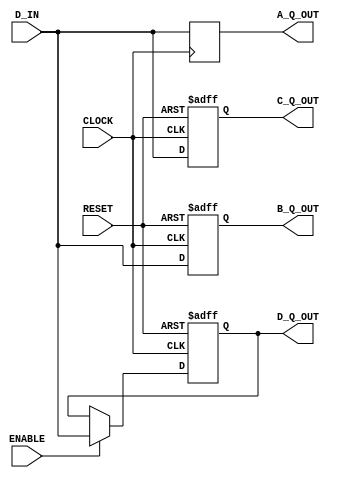
/* Example of Implementing Registers 

* FF_EXAMPLE.V 

* May 2001 

*/ 


module ff_example (RESET, CLOCK, ENABLE, D_IN, 

              A_Q_OUT, B_Q_OUT, C_Q_OUT, D_Q_OUT); 


input RESET, CLOCK, ENABLE; 

input [7:0] D_IN; 

output [7:0] A_Q_OUT; 

output [7:0] B_Q_OUT; 

output [7:0] C_Q_OUT; 

output [7:0] D_Q_OUT; 


reg [7:0] A_Q_OUT; 

reg [7:0] B_Q_OUT; 

reg [7:0] C_Q_OUT; 

reg [7:0] D_Q_OUT; 


// D flip-flop 

always @(posedge CLOCK) 

begin 

A_Q_OUT <= D_IN; 

end 


// Flip-flop with asynchronous reset 

always @(posedge RESET or posedge CLOCK) 

begin 

if (RESET) 

B_Q_OUT <= 8'b00000000; 

else 

B_Q_OUT <= D_IN; 

end 


// Flip-flop with asynchronous set 

always @(posedge RESET or posedge CLOCK) 

begin 

if (RESET) 

C_Q_OUT <= 8'b11111111; 

else 

C_Q_OUT <= D_IN; 

end 


//Flip-flop with asynchronous reset & clock enable always 

always@(posedge RESET or posedge CLOCK) 

begin 

if (RESET) 

D_Q_OUT <= 8'b00000000; 

else if (ENABLE) 

D_Q_OUT <= D_IN; 

end 


endmodule